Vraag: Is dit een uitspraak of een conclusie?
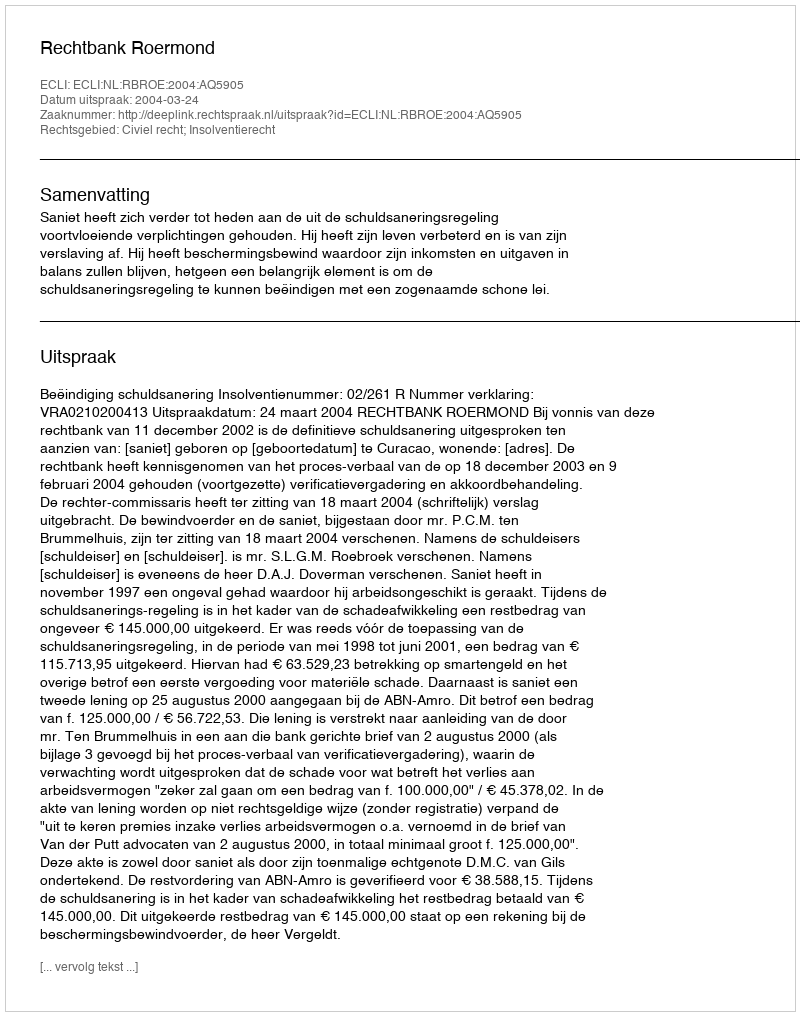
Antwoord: Uitspraak